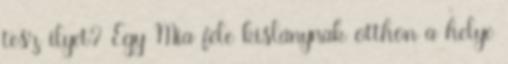
tesz ilyet? Egy Mia féle kislánynak otthon a helye